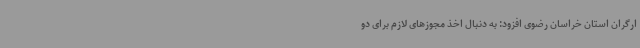
ارگران استان خراسان رضوی افزود: به دنبال اخذ مجوزهای لازم برای دو